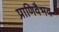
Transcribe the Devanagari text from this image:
प्राणिवैभव